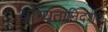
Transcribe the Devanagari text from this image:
योग्यतानिदर्शक